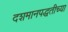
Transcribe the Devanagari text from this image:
दशमानपद्धतीच्या